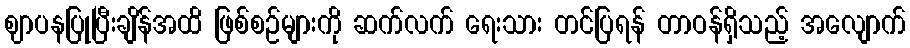
ဈာပနပြုပြီးချိန်အထိ ဖြစ်စဉ်များကို ဆက်လက် ရေးသား တင်ပြရန် တာဝန်ရှိသည့် အလျောက်